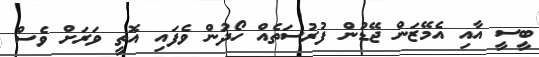
ބީސީ އާއި އެމޭޒަން ޖޭޑުން ފުރުސަތެއް ހޯދުން ވެފައި އޮތީ ވަރަށް ވެސް